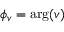
\phi _ { v } = \mathrm { a r g } ( v )